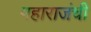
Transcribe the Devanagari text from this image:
महाराजंची